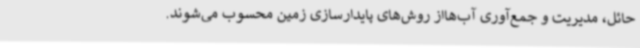
حائل، مدیریت و جمع‌آوری آب‌هااز روش‌های پایدارسازی زمین محسوب می‌شوند.